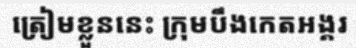
ត្រៀមខ្លួននេះ ក្រុមបឹងកេតអង្គរ